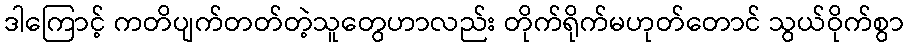
ဒါကြောင့် ကတိပျက်တတ်တဲ့သူတွေဟာလည်း တိုက်ရိုက်မဟုတ်တောင် သွယ်ဝိုက်စွာ